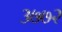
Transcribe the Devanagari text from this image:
३७७२